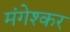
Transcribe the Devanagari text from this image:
मंगेश्कर